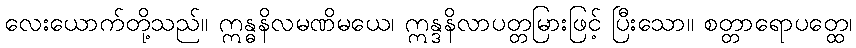
လေးယောက်တို့သည်။ ဣန္ဓနိလမဏိမယေ၊ ဣန္ဒနိလာပတ္တမြားဖြင့် ပြီးသော။ စတ္တာရောပတ္ထေ၊